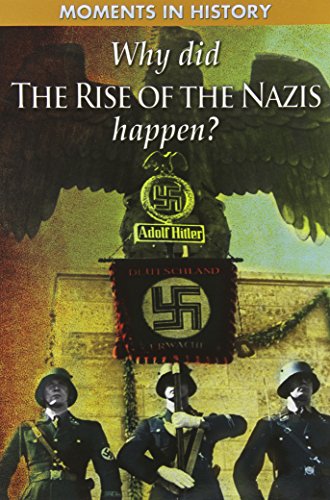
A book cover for Why Did The Rise of the Nazis Happen? (Moments in History); Charles Freeman; Children's Books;